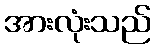
အားလုံးသည်